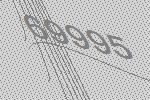
69995